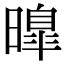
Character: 曍